Indian journal of veterinary science and animal husbandry - Volumes 22-23, 1952-1953
Year: 1952
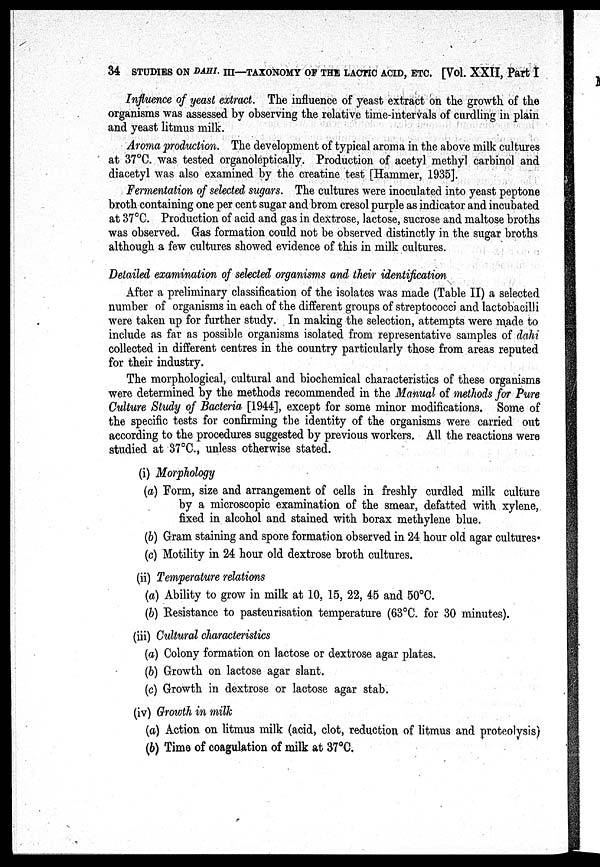
34 STUDIES ON DAHI. III—TAXONOMY OF THE LACTIC ACID, ETC. [Vol. XXII, Part I
Influence of yeast extract. The influence of yeast extract on the growth of the
organisms was assessed by observing the relative time-intervals of curdling in plain
and yeast litmus milk.
Aroma production. The development of typical aroma in the above milk cultures
at 37°C. was tested organoleptically. Production of acetyl methyl carbinol and
diacetyl was also examined by the creatine test [Hammer, 1935].
Fermentation of selected sugars. The cultures were inoculated into yeast peptone
broth containing one per cent sugar and brom cresol purple as indicator and incubated
at 37°C. Production of acid and gas in dextrose, lactose, sucrose and maltose broths
was observed. Gas formation could not be observed distinctly in the sugar broths
although a few cultures showed evidence of this in milk cultures.
Detailed examination of selected organisms and their identification
After a preliminary classification of the isolates was made (Table II) a selected
number of organisms in each of the different groups of streptococci and lactobacilli
were taken up for further study. In making the selection, attempts were made to
include as far as possible organisms isolated from representative samples of dahi
collected in different centres in the country particularly those from areas reputed
for their industry.
The morphological, cultural and biochemical characteristics of these organisms
were determined by the methods recommended in the Manual of methods for Pure
Culture Study of Bacteria [1944], except for some minor modifications. Some of
the specific tests for confirming the identity of the organisms were carried out
according to the procedures suggested by previous workers. All the reactions were
studied at 37°C., unless otherwise stated.
(i) Morphology
(a) Form, size and arrangement of cells in freshly curdled milk culture
by a microscopic examination of the smear, defatted with xylene,
fixed in alcohol and stained with borax methylene blue.
(b) Gram staining and spore formation observed in 24 hour old agar cultures*
(c) Motility in 24 hour old dextrose broth cultures.
(ii) Temperature relations
(a) Ability to grow in milk at 10, 15, 22, 45 and 50°C.
(b) Resistance to pasteurisation temperature (63°C. for 30 minutes).
(iii) Cultural characteristics
(a) Colony formation on lactose or dextrose agar plates.
(b) Growth on lactose agar slant.
(c) Growth in dextrose or lactose agar stab.
(iv) Growth in milk
(a) Action on litmus milk (acid, clot, reduction of litmus and proteolysis)
(b) Time of coagulation of milk at 37°C.